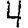
Digit: 4